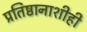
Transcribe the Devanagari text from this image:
प्रतिष्ठानाशीही